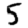
Digit: 5